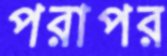
পরাপর